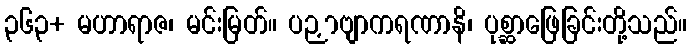
၃၆၃+ မဟာရာဇ၊ မင်းမြတ်။ ပဉှာဗျာကရဏာနိ၊ ပုစ္ဆာဖြေခြင်းတို့သည်။